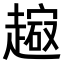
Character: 𧽔